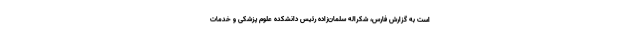
است به گزارش فارس، شکراله سلمان‌زاده رئیس دانشکده علوم پزشکی و خدمات